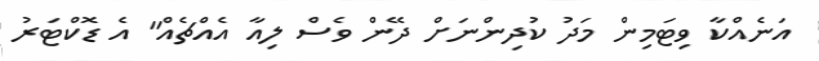
އަނެއްކާ ވިޓަމިން މަދު ކުދިންނަށް ދޭން ވެސް ލިއާ އެއްޗެއް" އެ ޑޮކްޓަރު